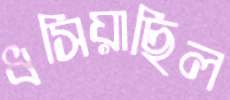
ধসিয়াছিল